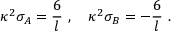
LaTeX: \kappa ^ { 2 } \sigma _ { A } = \frac { 6 } { l } \ , \quad \kappa ^ { 2 } \sigma _ { B } = - \frac { 6 } { l } \ .